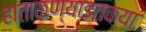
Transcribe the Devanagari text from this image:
हाताळण्याइतक्या